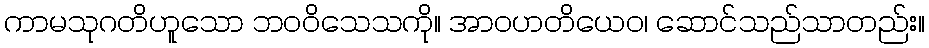
ကာမသုဂတိဟူသော ဘဝဝိသေသကို။ အာဝဟတိယေဝ၊ ဆောင်သည်သာတည်း။